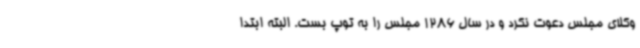
وکلای مجلس دعوت نکرد و در سال 1286 مجلس را به توپ بست. البته ابتدا